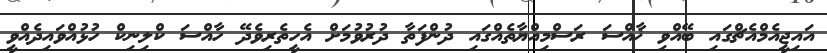
އައިޖީއެމްއެޗްގައި ބޭއްވި ޚާއްސަ ރަސްމިއްޔާތެއްގައި ދުންފަތާ ދުރުވުމަށް އެހީތެރިވެދޭ ހާއްސަ ކްލިނިކް ހުޅުއްވައިދެއްވީ